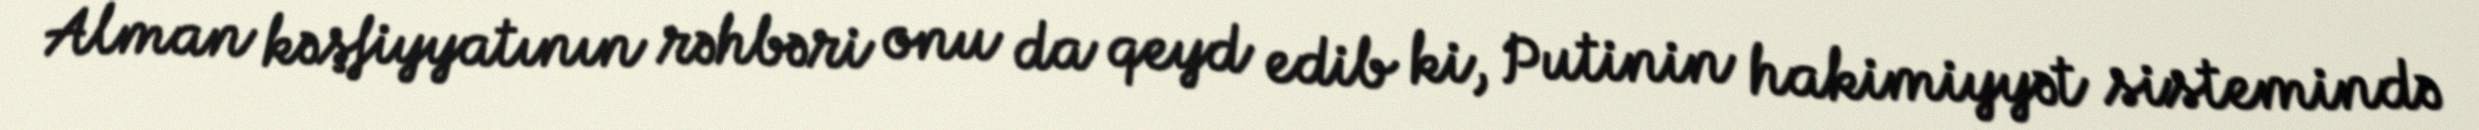
Alman kəşfiyyatının rəhbəri onu da qeyd edib ki, Putinin hakimiyyət sistemində